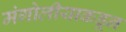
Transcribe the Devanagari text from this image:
मंगोलीयाकडून